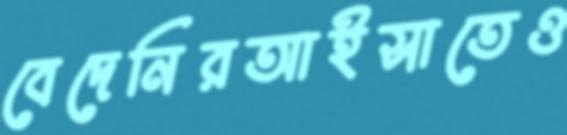
বেদেনিরআইসাতেও